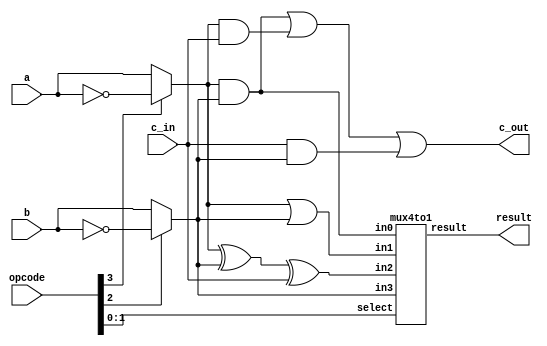
`timescale 1ns / 1ps
//////////////////////////////////////////////////////////////////////////////////
// 
// Module Name:    ALU_one_bit 
//
//////////////////////////////////////////////////////////////////////////////////

module ALU_one_bit(result, c_out, a, b, c_in, opcode);
	output result;
	output c_out;
	input a, b, c_in;
	input [3:0] opcode;		
	wire a_n, b_n, a_mux_out, b_mux_out, c1, c2, c3, and_out,or_out, a_mux_select,b_mux_select,sum;
	wire [1:0] operation_select;

	assign operation_select = opcode[1:0];
	assign b_mux_select = opcode[2];
	assign a_mux_select = opcode[3];
	
	not(a_n,a);
	not(b_n,b);

	assign a_mux_out = (a_mux_select) ? a_n : a;
	assign b_mux_out = (b_mux_select) ? b_n : b;

	//Full adder
	xor(sum, a_mux_out,b_mux_out,c_in);
	and(c1,a_mux_out,b_mux_out);
	and(c2,a_mux_out,c_in);
	and(c3,c_in,b_mux_out);
	or(c_out,c1,c2,c3);
	//AND
	and(and_out, a_mux_out, b_mux_out);
	//OR
	or(or_out, a_mux_out, b_mux_out);	
	//Output MUX
	mux4to1 m4to1(result, and_out, or_out, sum, b_mux_out, opcode[1:0]);
endmodule
	
module mux4to1(output reg result, input in0,in1,in2,in3,input[1:0]select);
	always @(in0,in1,in2,in3,select) begin
		case(select)
			2'b00: result = in0; //and
			2'b01: result = in1; //or
			2'b10: result = in2; //add
			2'b11: result = in3; //
		endcase
	end
endmodule